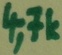
Text: 4,7k